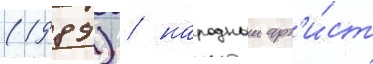
(1989) / народныи арт'и́ст